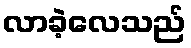
လာခဲ့လေသည်